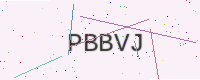
Text: PBBVJ